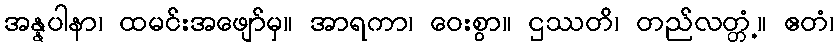
အန္နပါနာ၊ ထမင်းအဖျော်မှ။ အာရကာ၊ ဝေးစွာ။ ဌဿတိ၊ တည်လတ္တံ့။ ဧတံ၊